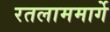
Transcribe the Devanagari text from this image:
रतलाममार्गे